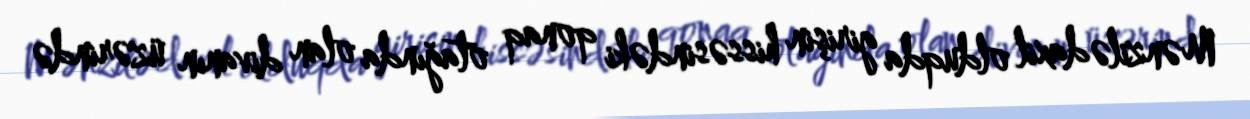
Mənzilə daxil olduqda girişin hissəsindəki qonaq otağında olan divanın üzərində